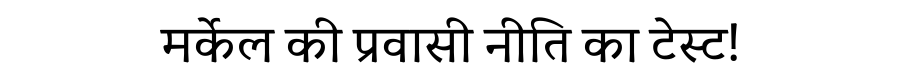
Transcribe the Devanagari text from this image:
मर्केल की प्रवासी नीति का टेस्ट!